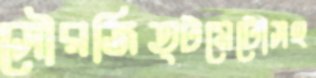
সৌরজিত্টমেটোসহ